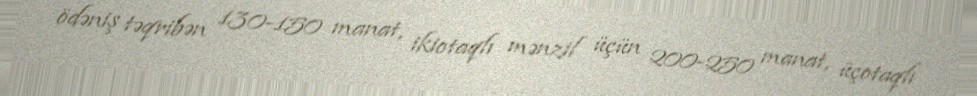
ödəniş təqribən 130-150 manat, ikiotaqlı mənzil üçün 200-250 manat, üçotaqlı